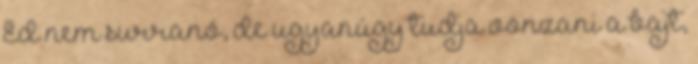
Ed nem surranó, de ugyanúgy tudja vonzani a bajt,